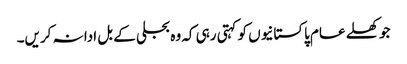
جو کھلے عام پاکستانیوں کو کہتی رہی کہ وہ بجلی کے بل ادا نہ کریں۔